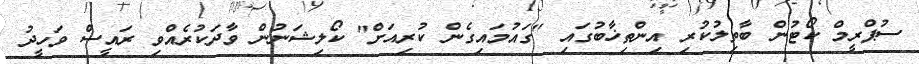
ސުޕްރީމް ކޯޓުން ބާތިލުކުރި އިންތިޚާބުގައި "ގައުމައިގެން ކުރިއަށް" ކޯލިޝަނުން ވާދަކުރެއްވި ރައީސް ވަހީދު